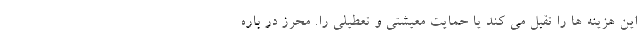
این هزینه ها را تقبل می کند یا حمایت معیشتی و تعطیلی را. محرز در باره